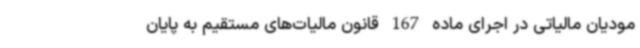
مودیان مالیاتی در اجرای ماده 167 قانون مالیات‌های مستقیم به پایان